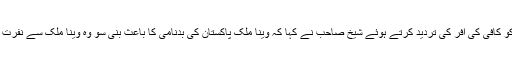
وینا ملک کو کافی کی آفر کی تردید کرتے ہوئے شیخ صاحب نے کہا کہ وینا ملک پاکستان کی بدنامی کا باعث بنی سو وہ وینا ملک سے نفرت کرتے ہیں۔